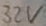
Text: 32V